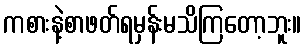
ကစားနဲ့စာဖတ်ရမှန်းမသိကြတော့ဘူး။